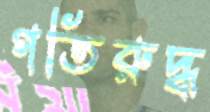
গতিরুদ্ধ